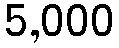
5,000